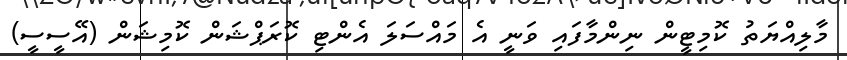
މާލިއްޔަތު ކޮމިޓީން ނިންމާފައި ވަނީ އެ މައްސަލަ އެންޓި ކޮރަޕްޝަން ކޮމިޝަން (އޭސީސީ)